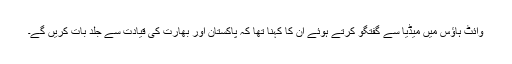
وائٹ ہاؤس میں میڈیا سے گفتگو کرتے ہوئے ان کا کہنا تھا کہ پاکستان اور بھارت کی قیادت سے جلد بات کریں گے۔